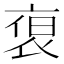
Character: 𮕻